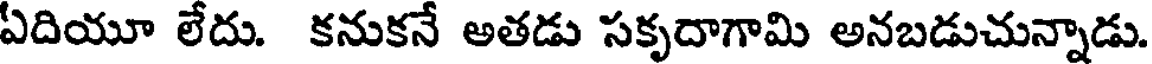
ఏదియూ లేదు. కనుకనే అతడు సకృదాగామి అనబడుచున్నాడు